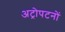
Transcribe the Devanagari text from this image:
अट्रोपटनों